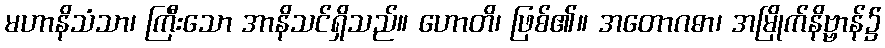
မဟာနိသံသာ၊ ကြီးသော အာနိသင်ရှိသည်။ ဟောတိ၊ ဖြစ်၏။ အတောဂဓာ၊ အမြိုက်နိဗ္ဗာန်၌